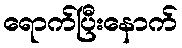
ရောက်ပြီးနောက်